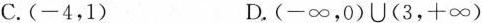
C.(-4，1) D.(-∞，0)U(3，+∞)